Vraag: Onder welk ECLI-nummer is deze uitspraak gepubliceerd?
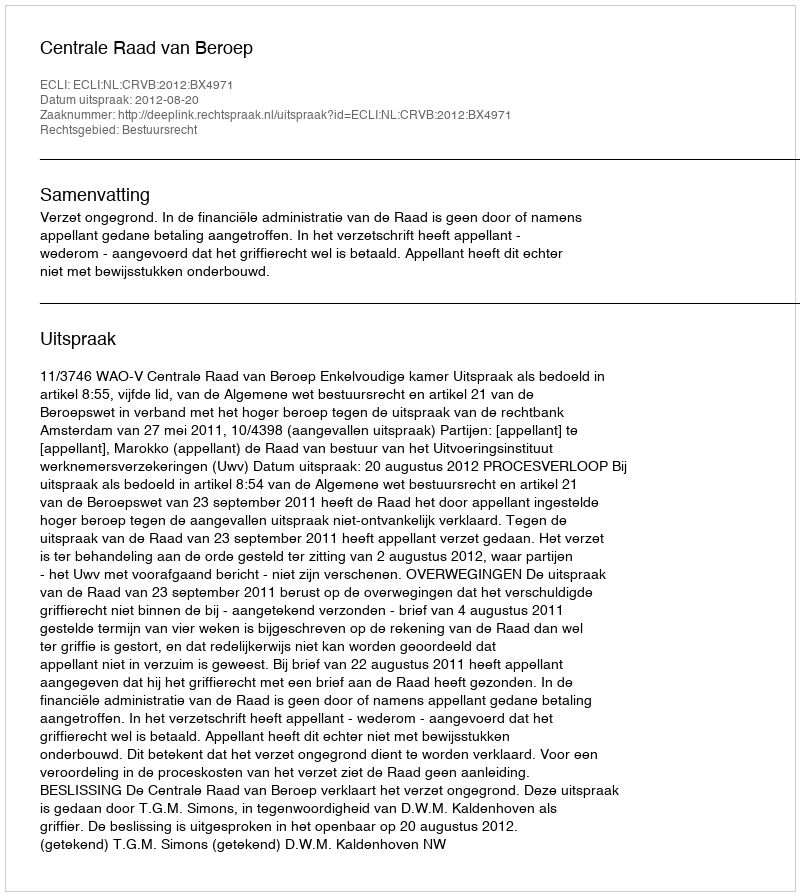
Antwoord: ECLI:NL:CRVB:2012:BX4971